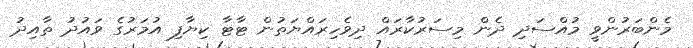
މެންބަރުންވީ މުއްސަދި ދެން މިސަރުކާރައް ދިވެހިރައްޔަތުން ޓާޓާ ކިޔާފި އުމަރުގެ ވައުދު ތާއިދު